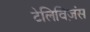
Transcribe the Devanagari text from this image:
टेलिविज़ंस